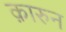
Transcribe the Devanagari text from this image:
क़ारुन